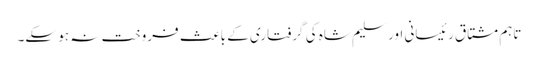
تاہم مشتاق رئیسانی اور سلیم شاہ کی گرفتاری کے باعث فروخت نہ ہو سکے۔